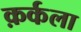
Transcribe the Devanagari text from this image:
क़र्कला